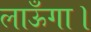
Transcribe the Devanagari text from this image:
लाऊँगा।